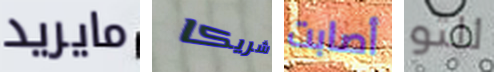
مايريد شريكا أصابت للتو